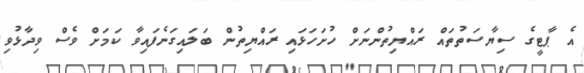
އެ ޕާޓީގެ ސިޔާސަތުތައް ރައްޔިތުންނަށް ހުށަހަޅައި ރައްޔިތުން ބަލައިގަނެފައިވާ ކަމަށް ވެސް ވިދާޅުވި